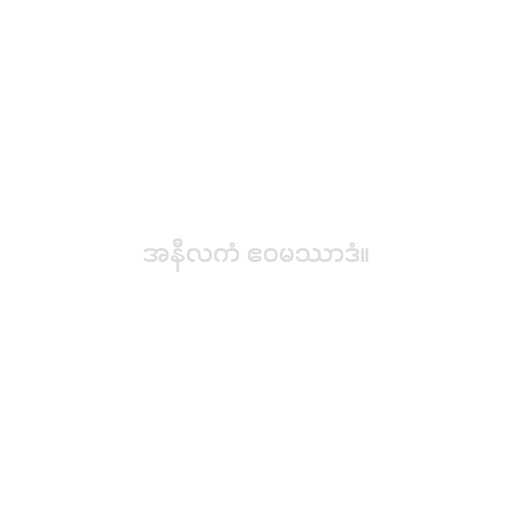
အနီလကံ ဧဝမဿာဒံ။